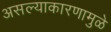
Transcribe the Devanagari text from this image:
असल्याकारणामुळे